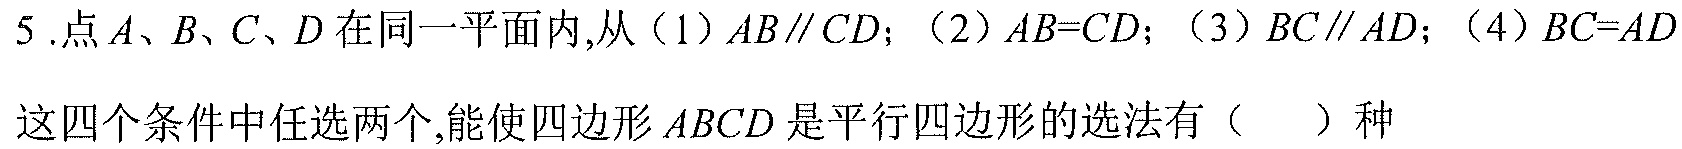
5 .点\(A、B、C、D\)在同一平面内,从（1）\(AB\parallel CD\)；（2）\(AB = CD\)；（3）\(BC\parallel AD\)；（4）\(BC = AD\)这四个条件中任选两个,能使四边形\(ABCD\)是平行四边形的选法有（  ）种